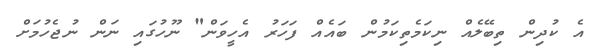
އެ ކުދިން ތިބޭލެއް ނިކަމެތިކަމުން ބައެއް ފަަހަރު އެހީވަން" ނޫހުގައި ނަން ނުޖެހުމަށް